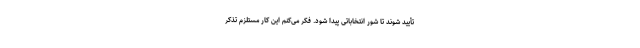
تأیید شوند تا شور انتخاباتی پیدا شود. فکر می‌کنم این کار مستلزم تذکر